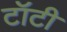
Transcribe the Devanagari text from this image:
टॉटी